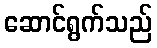
ဆောင်ရွက်သည်